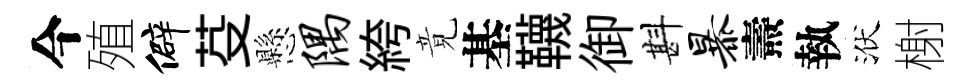
今殖僻芟懸隅絝竟基韈御斟暴燾執洑榭